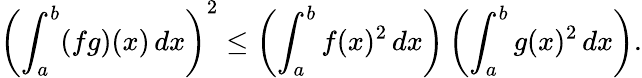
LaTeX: \left(\int_{a}^{b}(fg)(x)\, dx\right)^{2}\leq\left(\int_{a}^{b}f(x)^{2}\, dx\right)\left(\int_{a}^{b}g(x)^{2}\, dx\right).